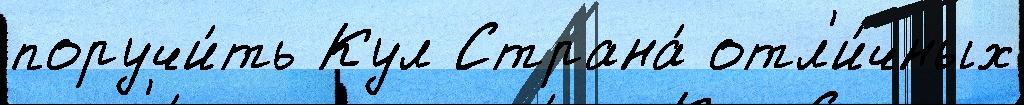
поручи́ть Кул Страна́ отл'и́чных